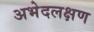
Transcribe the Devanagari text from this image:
अभेदलक्षण